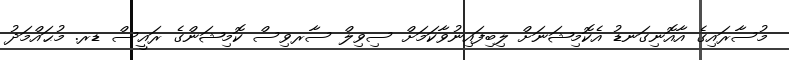
މުސާރައިގެ އާއޮނިގަނޑު އެކޮމިޝަނަށް ލިބިފައިނުވާކަމަށް ސިވިލް ސާރވިސް ކޮމިޝަންގެ ރައީސް ޑރ. މުޙައްމަދު